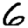
Digit: 6